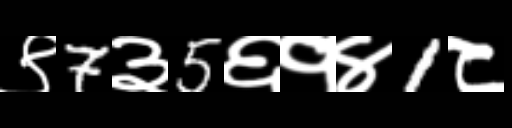
Text: ९7३5६१४1८